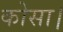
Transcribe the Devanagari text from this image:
कोसा।